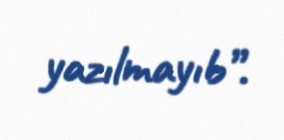
yazılmayıb”.